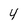
Character: 4